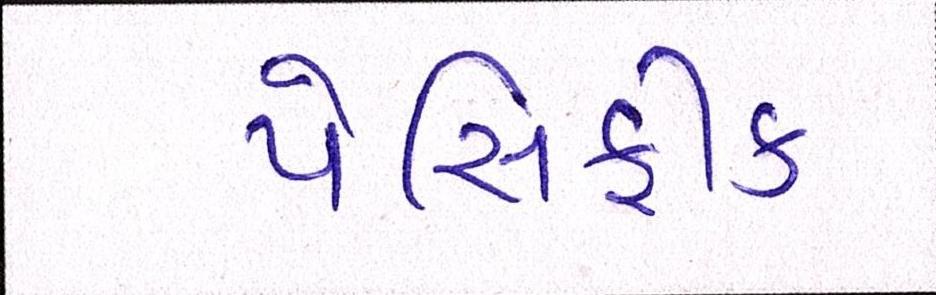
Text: પેસિફીક